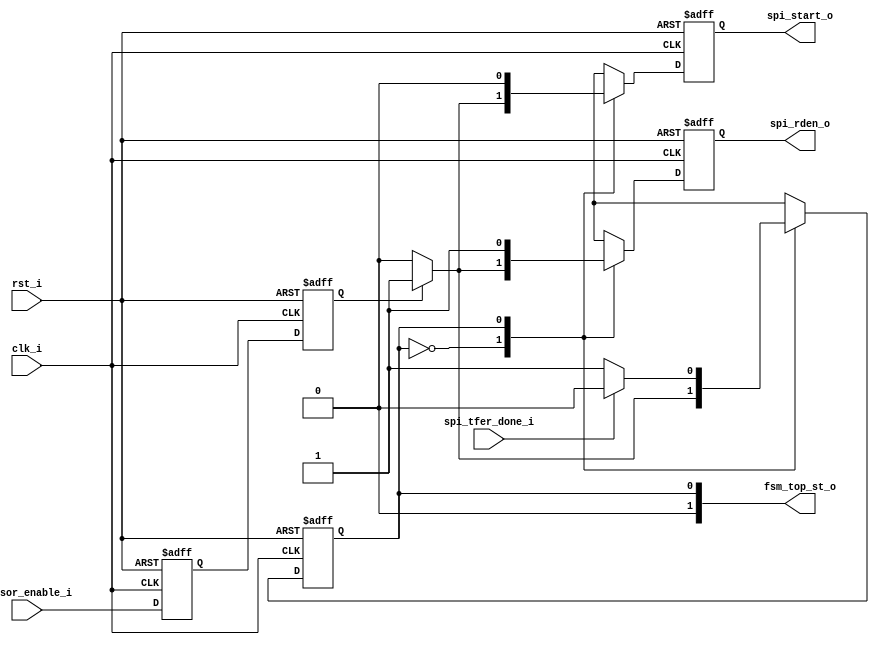
`timescale 1ns / 10ps
module Fsm_Top ( 

			clk_i,          
			rst_i,   
			
			sensor_enable_i,   		

			fsm_top_st_o,
    
            spi_start_o,    
			spi_rden_o,
            spi_tfer_done_i      
			);
			
			
input			clk_i;
input			rst_i;

input	    	sensor_enable_i;

output			spi_start_o;
output			spi_rden_o;
input			spi_tfer_done_i;

output 	[1:0]	fsm_top_st_o;

wire			clk_i;
wire			rst_i;

wire	    	sensor_enable_i;

reg 			spi_start_o;
reg 			spi_rden_o;
wire			spi_tfer_done_i;

reg				sensor_enable_r;
reg				sensor_enable_r1;

wire 	[1:0]	fsm_top_st_o;
 
reg  FSM_Top_state;
parameter IDLE_ST = 0;
parameter Transmit_ST = 1;

assign fsm_top_st_o = FSM_Top_state;

always @( posedge clk_i or posedge rst_i ) 
begin
    if (rst_i)
    begin
	    sensor_enable_r   <= 1'b0;
		sensor_enable_r1  <= 1'b0;
	end
	else
	begin
		sensor_enable_r   <= sensor_enable_i;
		sensor_enable_r1  <= sensor_enable_r;
	end
end

always @ (posedge clk_i or posedge rst_i)
begin
	if(rst_i)
	 begin
		FSM_Top_state 	<= IDLE_ST;
		spi_start_o   	<= 1'b0; 
		spi_rden_o   	<= 1'b0;
	 end
	else begin
		case (FSM_Top_state)
		IDLE_ST :     begin  
						if(sensor_enable_r1)
						  begin
							FSM_Top_state 	<= Transmit_ST;  
							spi_start_o   	<= 1'b1;
							spi_rden_o   	<= 1'b1;
						  end
						else
						  begin
							FSM_Top_state 	<= IDLE_ST;
							spi_start_o   	<= 1'b0;
							spi_rden_o   	<= 1'b0;
						  end
					  end
					
		Transmit_ST: begin
							spi_start_o   	<= 1'b0;
							spi_rden_o   	<= 1'b1;
							if (spi_tfer_done_i)
							begin
								FSM_Top_state <= IDLE_ST; 
							end
							else
							begin
								FSM_Top_state <= Transmit_ST;
							end
					  end
	
				default:FSM_Top_state <= IDLE_ST;
			
		endcase
	end
end	

endmodule